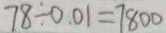
7 8 \div 0 . 0 1 = 7 8 0 0